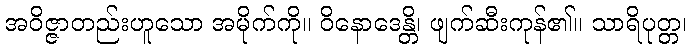
အဝိဇ္ဇာတည်းဟူသော အမိုက်ကို။ ဝိနောဒေန္တိ၊ ဖျက်ဆီးကုန်၏။ သာရိပုတ္တ၊